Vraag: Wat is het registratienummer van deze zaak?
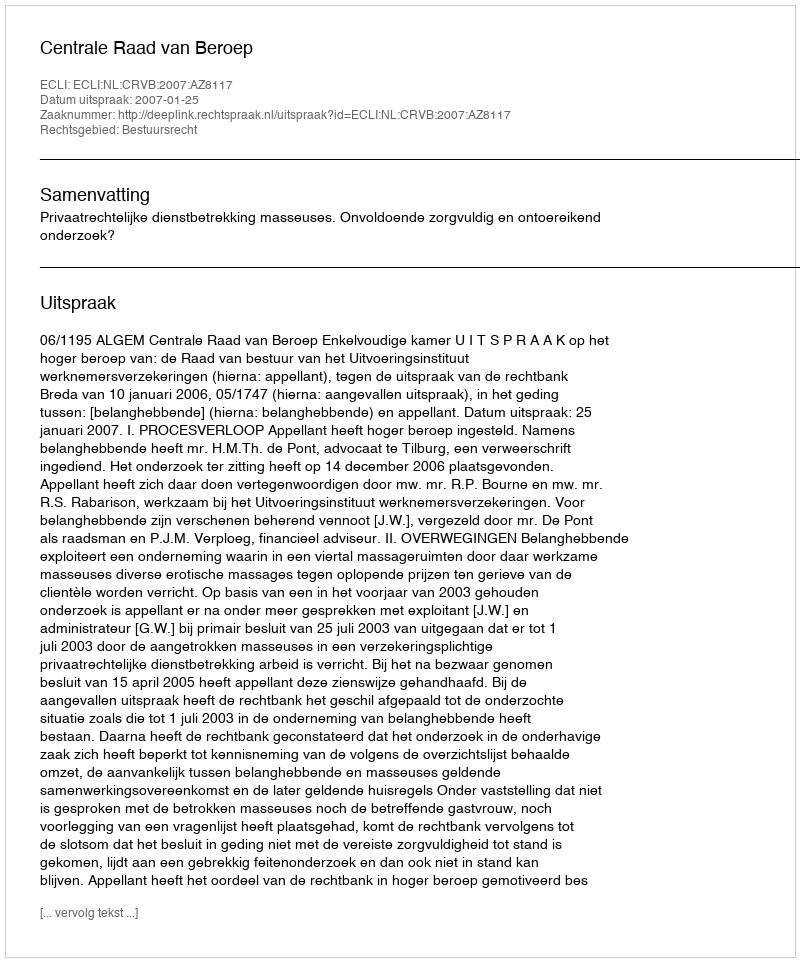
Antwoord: http://deeplink.rechtspraak.nl/uitspraak?id=ECLI:NL:CRVB:2007:AZ8117